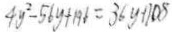
4 y ^ { 2 } - 5 6 y + 1 9 6 = 3 6 y + 1 0 8